Bulletin of the Pasteur Institute of Southern India, Coonoor - No. 2.
Year: 1909
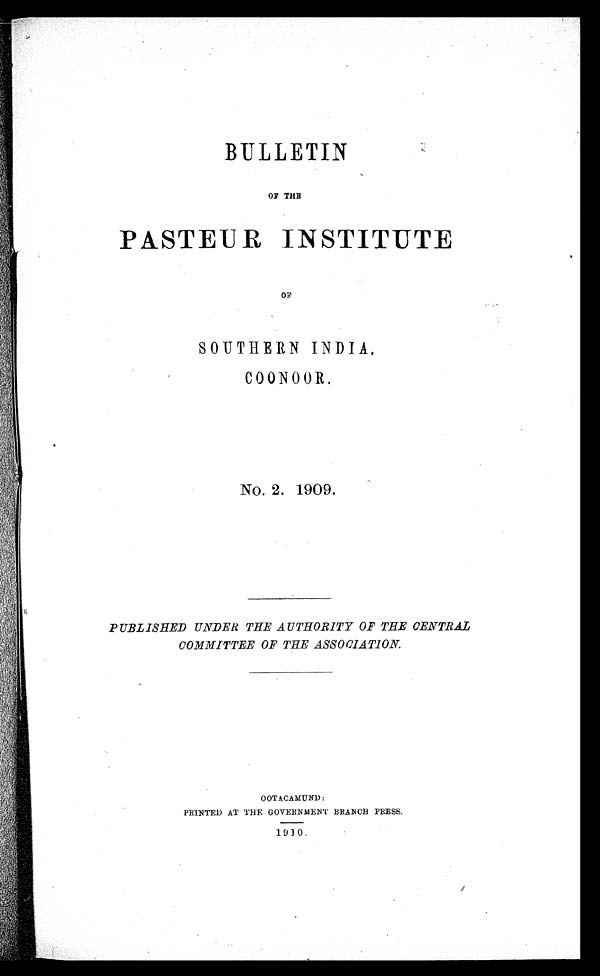
BULLETIN
OF THE
PASTEUR INSTITUTE
OF
SOUTHERN
INDIA.
COONOOR.
No. 2. 1909.
PUBLISHED UNDER THE AUTHORITY OF THE CENTRAL
COMMITTEE OF THE ASSOCIATION.
OOTACAMUND:
PRINTED AT THE GOVERNMENT BRANCH PRESS.
1910.